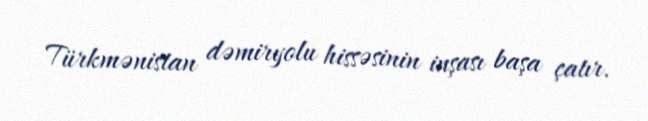
Türkmənistan dəmiryolu hissəsinin inşası başa çatır.